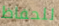
للحفاظ